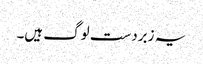
یہ زبردست لوگ ہیں۔